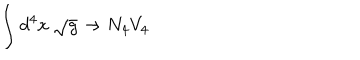
LaTeX: \int d ^ { 4 } x \ \sqrt { g } \rightarrow N _ { 4 } V _ { 4 }